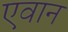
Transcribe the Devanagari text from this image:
एवान